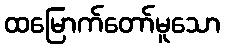
ထမြောက်တော်မူသော